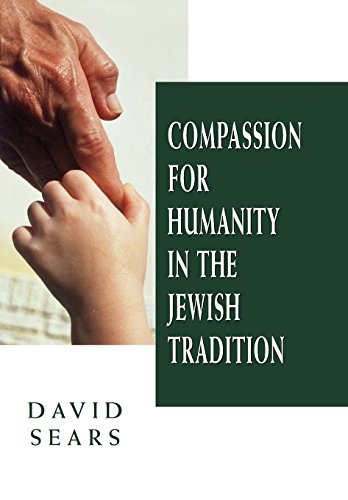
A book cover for Compassion for Humanity in the Jewish Tradition; David Sears; Religion & Spirituality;